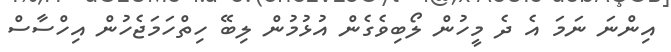
އިންނަ ނަމަ އެ ދެ މީހުން ލޯބިވެގެން އުޅުމުން ލިބޭ ހިތްހަމަޖެހުން އިހްސާސް